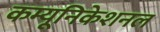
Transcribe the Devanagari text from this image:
कम्यूनिकेशनल